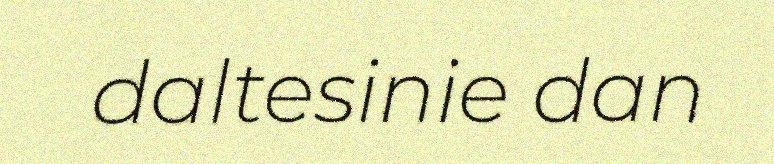
daltesinie dan